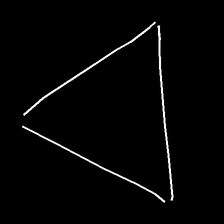
Glyph: convergence